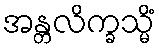
အန္တလိက္ခသ္မိံ